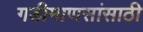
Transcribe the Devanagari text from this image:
गडीमाणसांसाठी